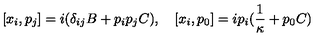
[ x _ { i } , p _ { j } ] = i ( \delta _ { i j } B + p _ { i } p _ { j } C ) , \quad [ x _ { i } , p _ { 0 } ] = i p _ { i } ( \frac { 1 } { \kappa } + p _ { 0 } C )